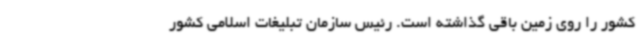
کشور را روی زمین باقی گذاشته است. رئیس سازمان تبلیغات اسلامی کشور